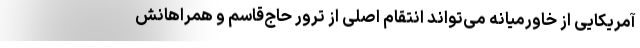
آمریکایی از خاورمیانه می‌تواند انتقام اصلی از ترور حاج‌قاسم و همراهانش